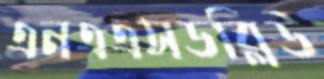
এনএএসডব্লিউ